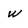
Character: w